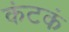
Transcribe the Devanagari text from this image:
कंटकं